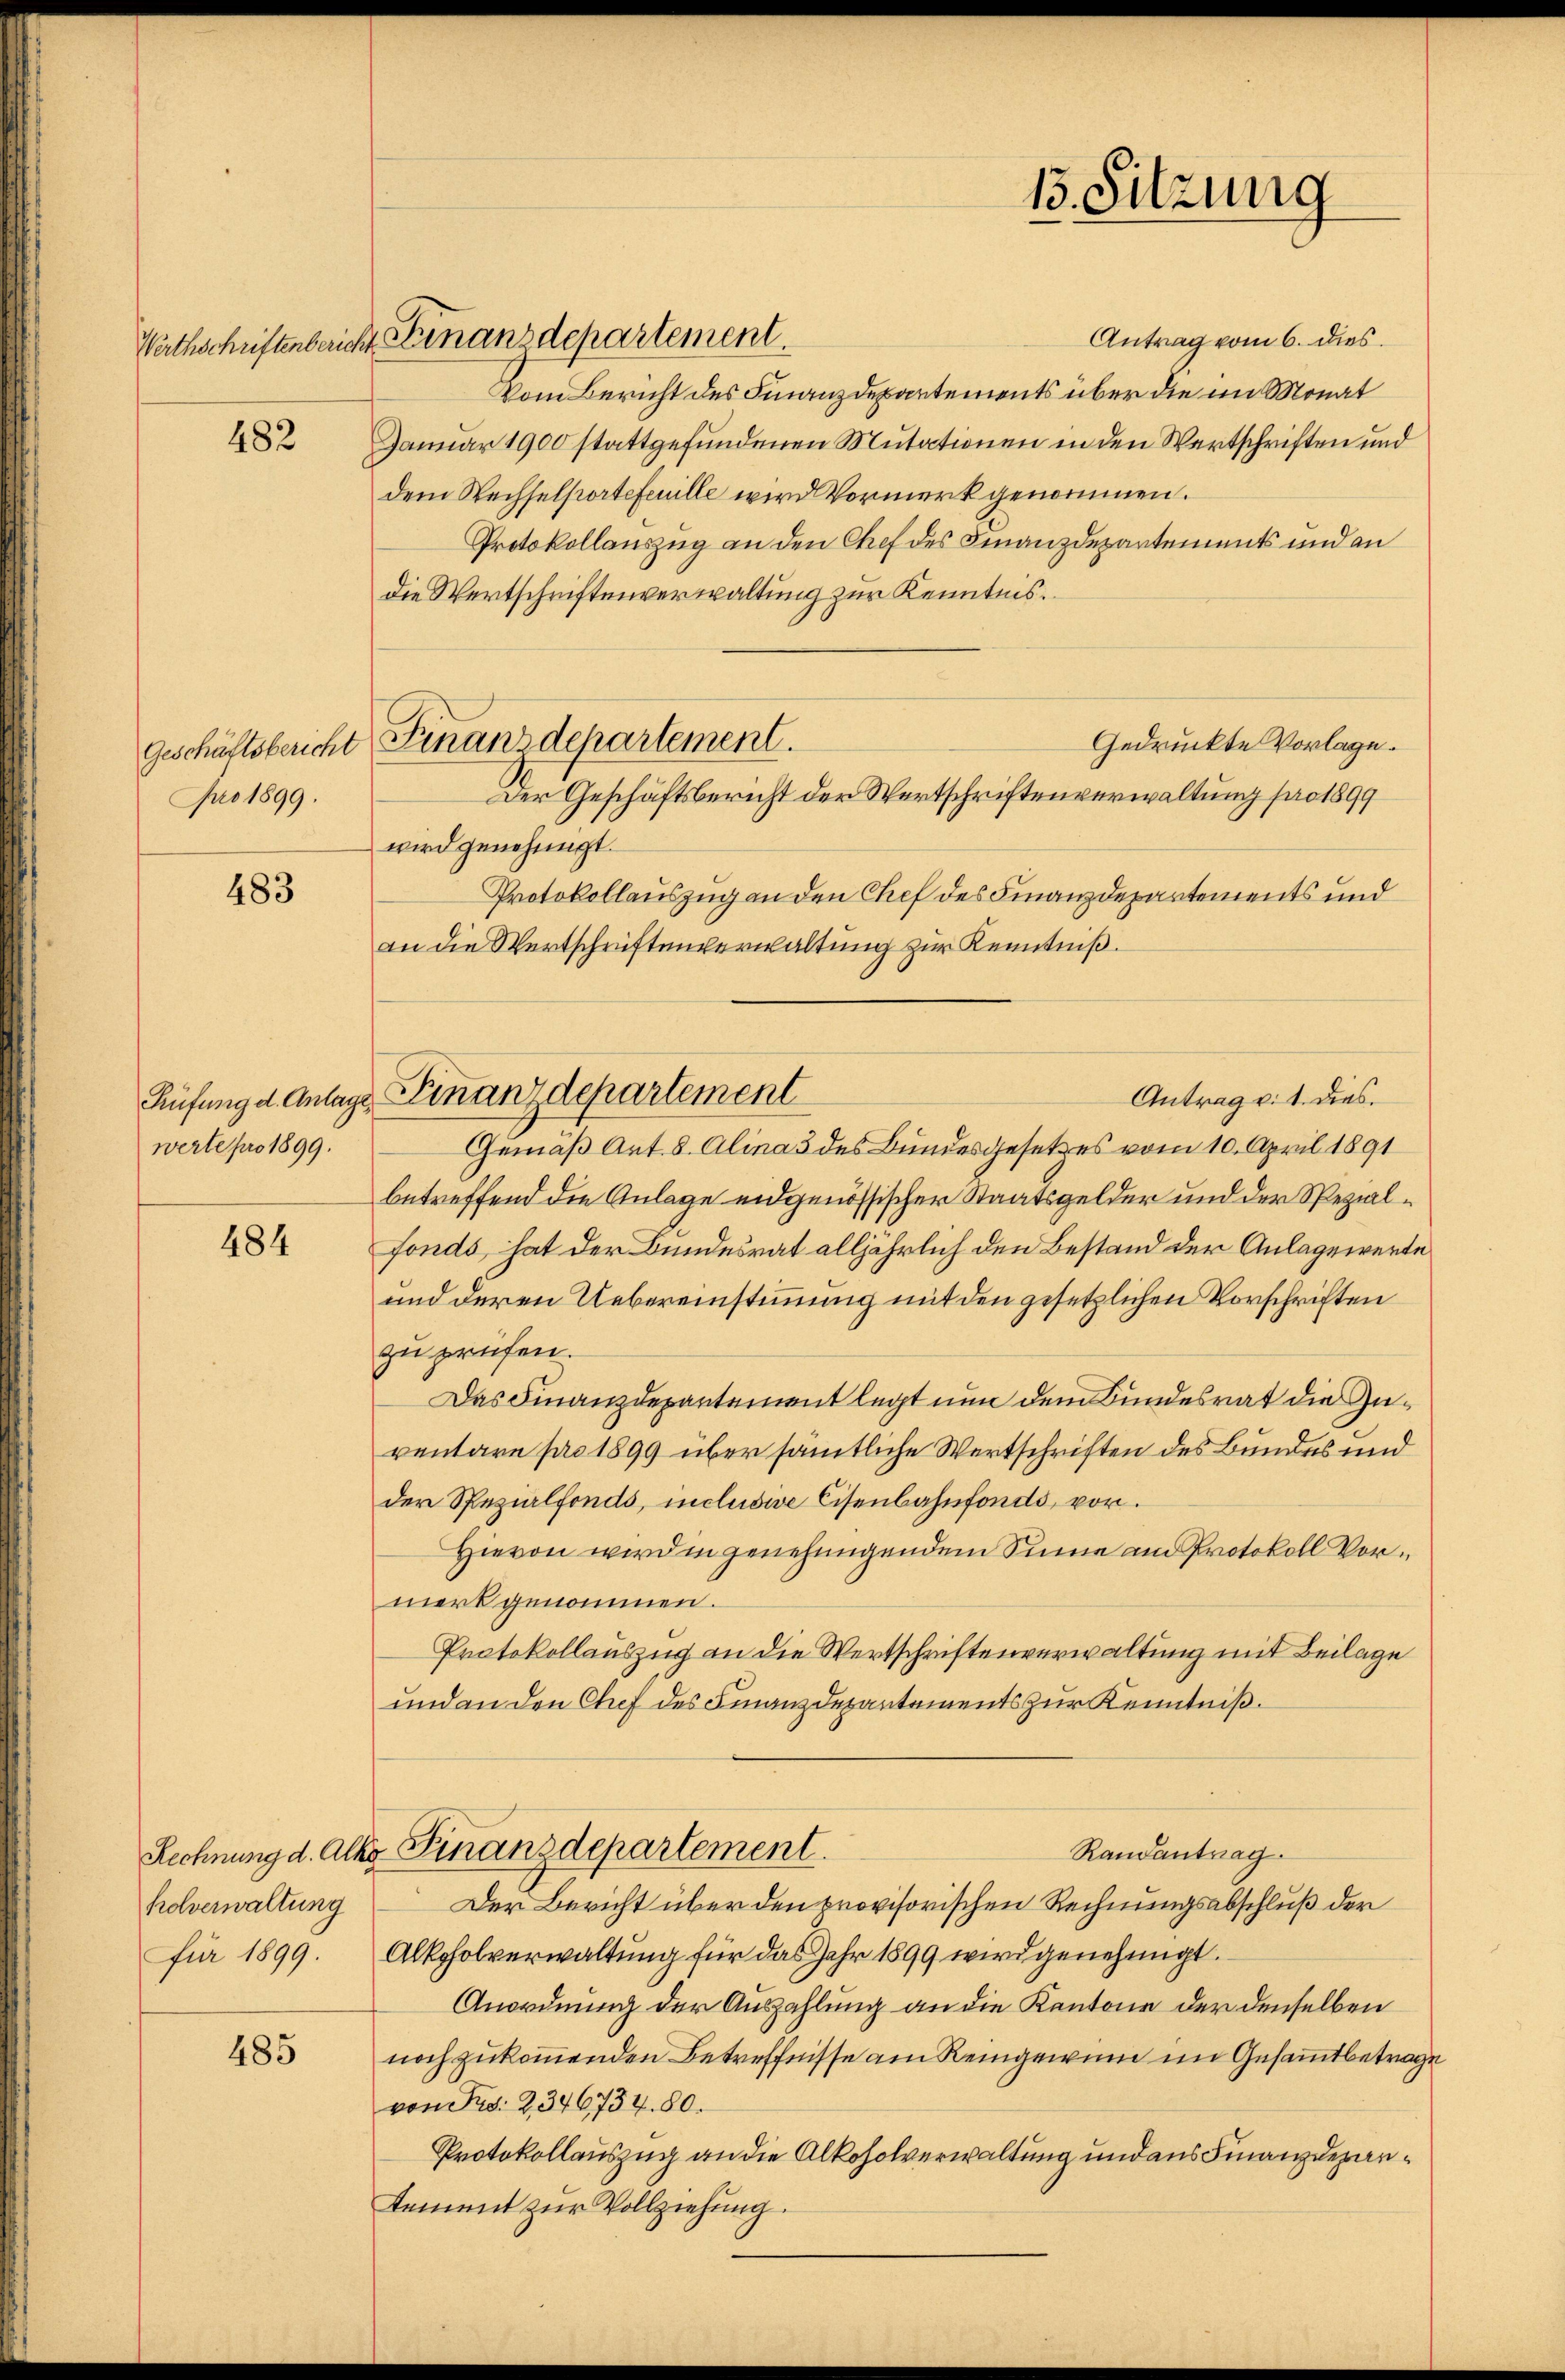
Werthschriftenberich

482

Geschäftsbericht
pro 1899.

483

werte pro 1899.

484

holverwaltung
für 1899.

485

Antrag vom 6. dies
2 Finanzdepartement.
Vom Bericht des Finanzdepartements über die im Monat
Januar 1900 stattgefundenen Mutationen in den Wartschriften und
dem Wechselportefeuille wird Vormerk genommen.
Protokollauszug an den Chef des Finanzdepartements und an
die Wertschriftenverwaltung zur Kenntnis.
Gedruckte Vorlage.
wird genehmigt.
Protokollauszug an den Chef des Finanzdepartements und
an die Wertschriftenverwaltung zur Kenntniß.
Antrag v. 1. dies
Gemäß Art. 8. Alina 3 des Bundesgesetzes vom 10. April 1891
betreffend die Anlage eidgenössischer Staatsgelder und der Spezialfonds hat der Bundesrat alljährlich den Bestand der Anlagewerte
und deren Uebereinstimmung mit den gesetzlichen Vorschriften
zu prüfen.
Das Finanzdepartement legt nun dem Bundesrat die Zuventare pro 1899 über sämtliche Wertschriften des Bundes und
der Spezialfonds, inclusive Eisenbahnfonds, vor.
Hievon wird in genehmigendem Sinne am Protokoll Vormerk genommen.
Protokollauszug an die Wertschriftenverwaltung mit Beilage
und an den Chef des Finanzdepartements zur Kenntniß.
Randantrag.
Rechnung d. Alko Finanzdepartement.
Der Bericht über den provisorischen Rechnungsabschluß der
Alkoholverwaltung für das Jahr 1899 wird genehmigt.
Anordnung der Auszahlung an die Kantone der denselben
noch zukommenden Betreffnisse am Reingewinn im Gesammtbetrage
von Fed. 2346734. 80.
Protokollauszug an die Alkoholverwaltung und aus Finanzdepartement zur Vollziehung.

Finanzdepartement.
Der Geschäftsbericht der Wortschriftenverwaltung pro 1899

Hüfung d. Anlage Finanzdepartement

13. Sitzung